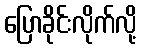
ပြောခိုင်းလိုက်လို့